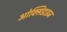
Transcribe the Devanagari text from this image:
ओक्सिडाइज